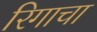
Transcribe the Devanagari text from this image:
रिगाचा